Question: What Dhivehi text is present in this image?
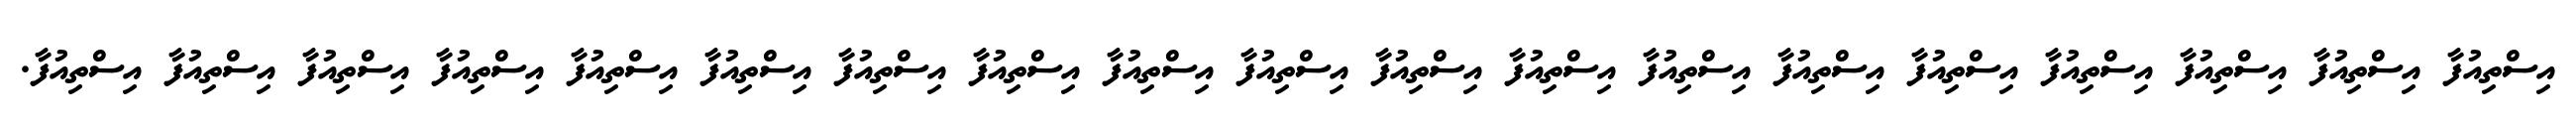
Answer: އިސްތިއުފާ އިސްތިއުފާ އިސްތިއުފާ އިސްތިއުފާ އިސްތިއުފާ އިސްތިއުފާ އިސްތިއުފާ އިސްތިއުފާ އިސްތިއުފާ އިސްތިއުފާ އިސްތިއުފާ އިސްތިއުފާ އިސްތިއުފާ އިސްތިއުފާ އިސްތިއުފާ އިސްތިއުފާ އިސްތިއުފާ އިސްތިއުފާ އިސްތިއުފާ.